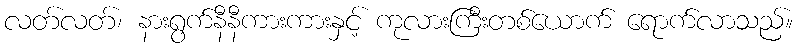
လတ်လတ်၊ နားရွက်နီနီကားကားနှင့် ကုလားကြီးတစ်ယောက် ရောက်လာသည်။